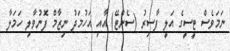
ނަމަވެސް ޓީސީގެ އަލީ ފާސިރު (ސެންޓޭ) އާއި އަހުމަދު ނިޒާމް ފޮނުވާލި ހަމަލާ